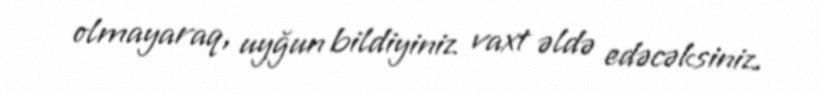
olmayaraq, uyğun bildiyiniz vaxt əldə edəcəksiniz.